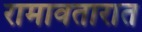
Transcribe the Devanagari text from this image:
रामावतारात